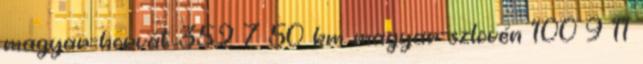
magyar-horvát 352 7 50 km magyar-szlovén 100 9 11